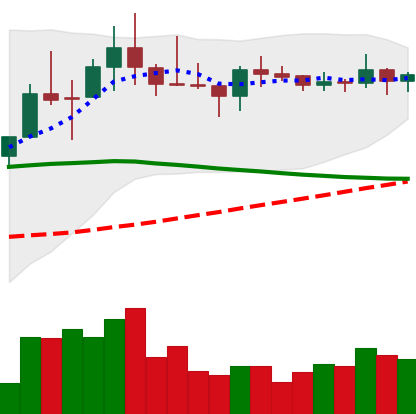
Ticker: LINK-USD
Chart end date: 2019-11-08
Forward return: 11.104%
Label: up_7plus